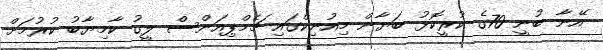
އޭނާ ބުނީ 70ގެ ކުރީކޮޅު ބަޔާން މިއުނިކްގައި ޗެމްޕިއަންސް ލީގު ކާމިޔާބު ކުރުމަށް